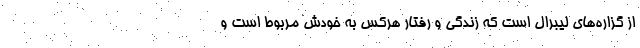
از گزاره‌های لیبرال است که زندگی و رفتار هرکس به خودش مربوط است و